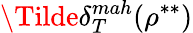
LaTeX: \Tilde{\delta}_{T}^{mah}(\rho^{**})